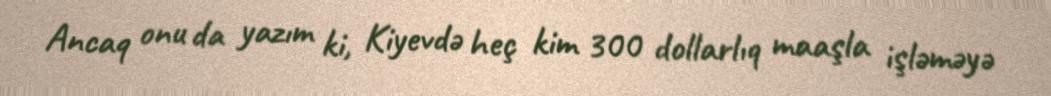
Ancaq onu da yazım ki, Kiyevdə heç kim 300 dollarlıq maaşla işləməyə